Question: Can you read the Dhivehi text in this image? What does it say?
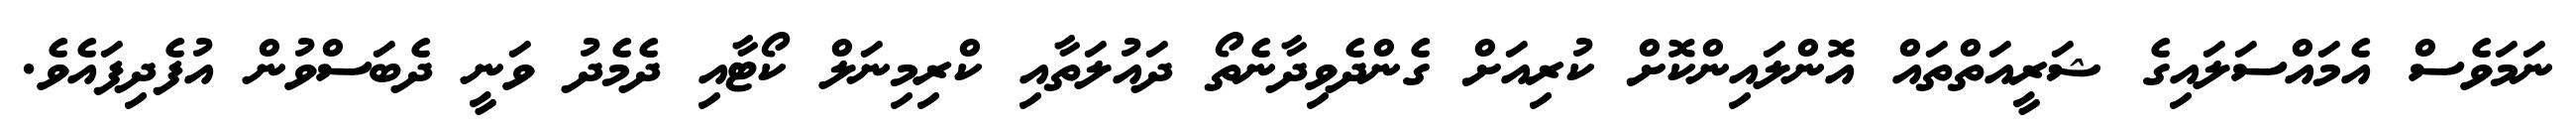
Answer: ނަމަވެސް އެމައްސަލައިގެ ޝަރީއަތްތައް އޮންލައިންކޮށް ކުރިއަށް ގެންދެވިދާނެތޯ ދައުލަތާއި ކްރިމިނަލް ކޯޓާއި ދެމެދު ވަނީ ދެބަސްވުން އުފެދިފައެވެ.